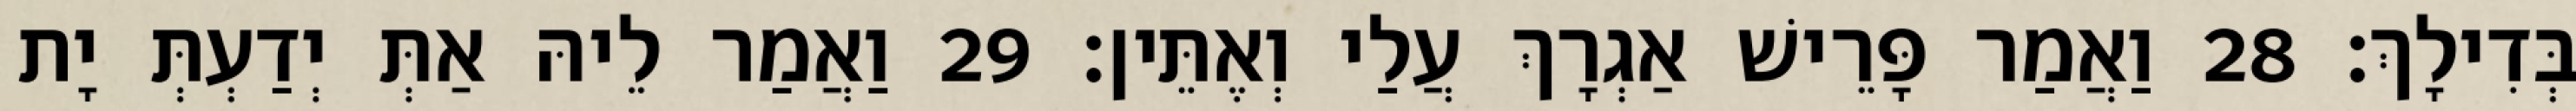
בְּדִילָךְ׃ 28 וַאֲמַר פָּרֵישׁ אַגְרָךְ עֲלַי וְאֶתֵּין׃ 29 וַאֲמַר לֵיהּ אַתְּ יְדַעְתְּ יָת